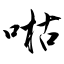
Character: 喖